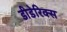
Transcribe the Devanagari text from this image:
डीडेरिक्स